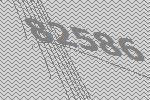
82586